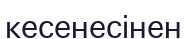
кесенесінен